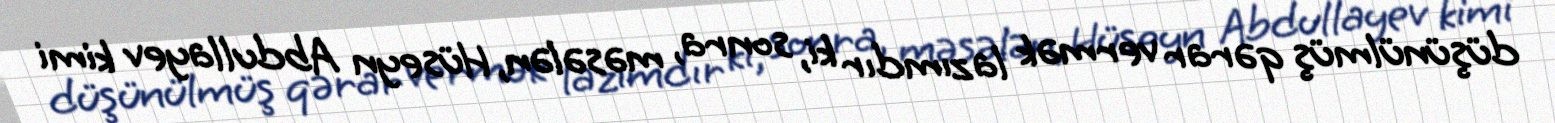
düşünülmüş qərar vermək lazımdır ki, sonra, məsələn, Hüseyn Abdullayev kimi